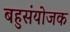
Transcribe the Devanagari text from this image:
बहुसंयोजक